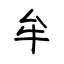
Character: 牟